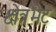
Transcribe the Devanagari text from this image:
क्षेत्रभेट